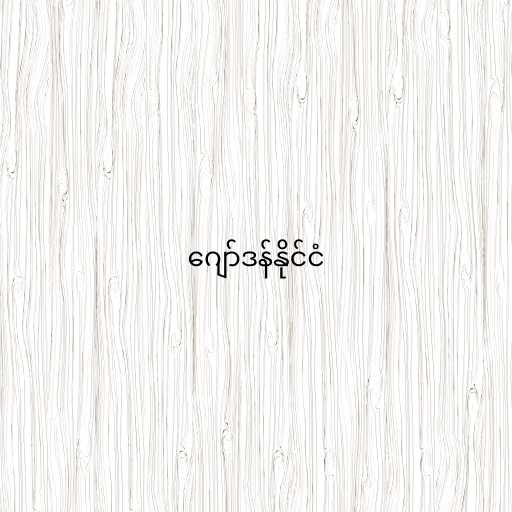
ဂျော်ဒန်နိုင်ငံ